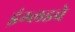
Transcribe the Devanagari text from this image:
इंग्लडचे